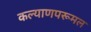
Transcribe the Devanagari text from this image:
कल्याणपरूमल